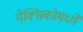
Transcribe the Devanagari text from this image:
मेक्‍सिकोमध्ये